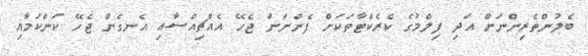
ބެލުންތެރިންނަށް އަދި ފިލްމުގެ ކެރެކްޓާތަކަށް ފެންނަން ޖެހޭ އެއްޗިއްސާއި އެނގެން ޖެހޭ ކަންކަމާއި